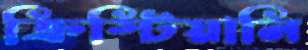
ক্রিস্টিয়ানি